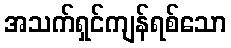
အသက်ရှင်ကျန်ရစ်သော